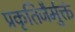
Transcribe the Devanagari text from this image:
प्रकृतिजैर्मुक्तं